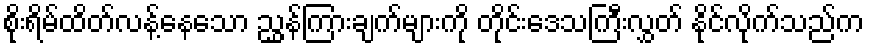
စိုးရိမ်ထိတ်လန့်နေသော ညွှန်ကြားချက်များကို တိုင်းဒေသကြီးလွှတ် နိုင်လိုက်သည်က